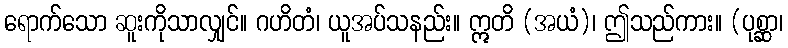
ရောက်သော ဆူးကိုသာလျှင်။ ဂဟိတံ၊ ယူအပ်သနည်း။ ဣတိ (အယံ)၊ ဤသည်ကား။ (ပုစ္ဆာ၊